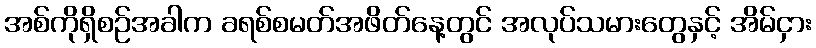
အစ်ကိုရှိစဉ်အခါက ခရစ်စမတ်အဖိတ်နေ့တွင် အလုပ်သမားတွေနှင့် အိမ်ငှား